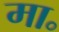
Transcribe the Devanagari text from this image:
मा॰